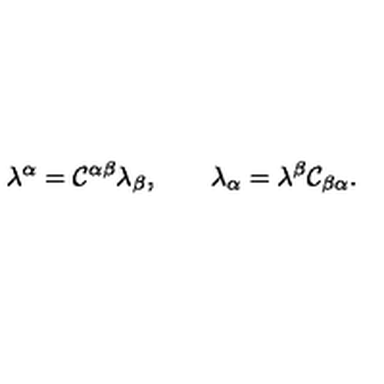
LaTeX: \lambda ^ { \alpha } = { \cal C } ^ { \alpha \beta } \lambda _ { \beta } , \qquad \lambda _ { \alpha } = \lambda ^ { \beta } { \cal C } _ { \beta \alpha } .